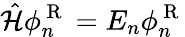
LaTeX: \hat{\mathcal{H}}\phi_{n}^{\mathrm{~R~}}=E_{n}\phi_{n}^{\mathrm{~R~}}